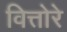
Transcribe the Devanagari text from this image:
वित्तोरे